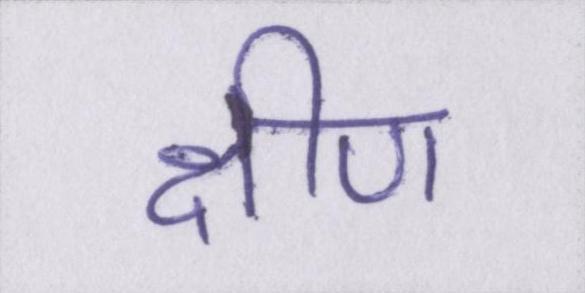
क्षीण